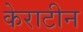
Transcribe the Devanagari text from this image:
केराटीन